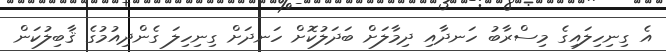
އެ ގިނިހިލައިގެ މިސްރާބު ހަނދާއި ދިމާލަށް ބަދަލުކޮށް ހަނދަށް ގިނިހިލަ ގެންދިއުމުގެ ޤާބިލުކަން